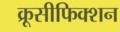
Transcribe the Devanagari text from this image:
क्रूसीफिक्शन